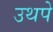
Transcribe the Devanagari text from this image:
उथपे